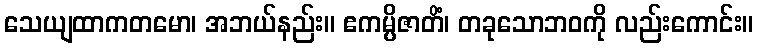
သေယျထာကတမော၊ အဘယ်နည်း။ ဧကမ္ပိဇာတိံ၊ တခုသောဘဝကို လည်းကောင်း။